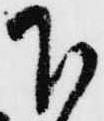
下